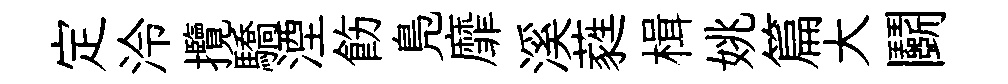
定泠攬驕湮飭鳬靡溪蕤楫姚篇大鬬